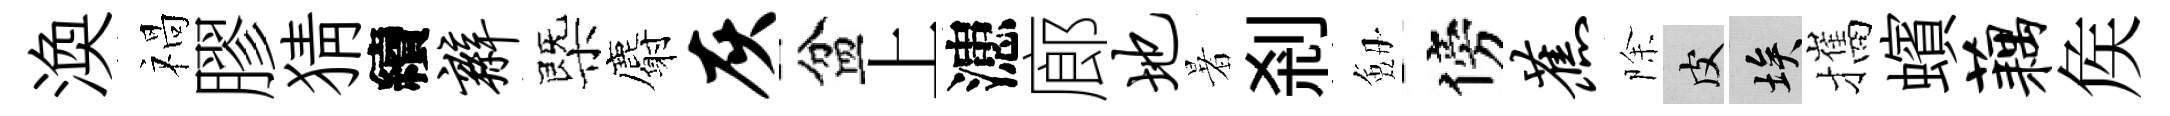
渙禍膠猜續辫㮣麝灰盆上漶廊地暑剎劔傍蕉除皮埃攜蠙藕矦